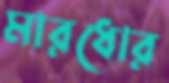
মারধোর